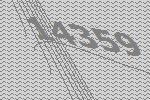
14359